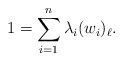
\begin{align*}1 = \sum_{i = 1}^n \lambda_i (w_i)_\ell.\end{align*}